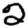
Digit: 2